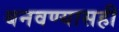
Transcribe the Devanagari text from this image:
बनवण्यासही